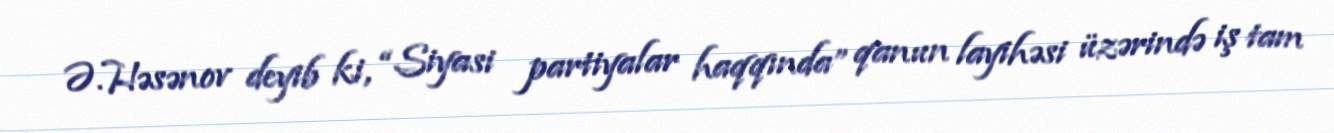
Ə.Həsənov deyib ki, “Siyasi partiyalar haqqında” qanun layihəsi üzərində iş tam